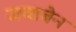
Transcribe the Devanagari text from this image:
जयाबेन